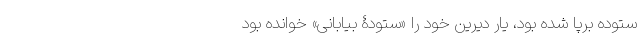
ستوده برپا شده بود، یارِ دیرینِ خود را «ستودۀ بیابانی» خوانده بود